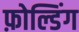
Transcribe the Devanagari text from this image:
फ़ोल्डिंग